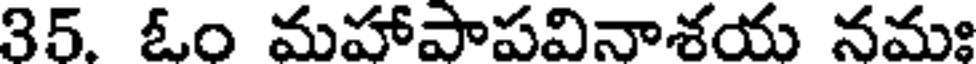
35. ఓం మహాపాపవినాశయ నమః